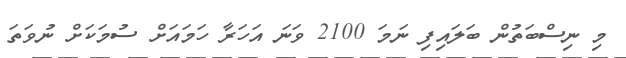
މި ނިސްބަތުން ބަލައިފި ނަމަ 2100 ވަނަ އަހަރާ ހަމައަށް ސުމަކަށް ނުވަތަ